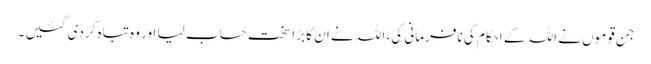
جن قوموں نے اللہ کے احکام کی نافرمانی کی، اللہ نے ان کا بڑا سخت حساب لیا اور وہ تباہ کردی گئیں ۔